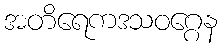
အတိရေကဒသဝဂ္ဂေန